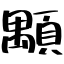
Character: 顒